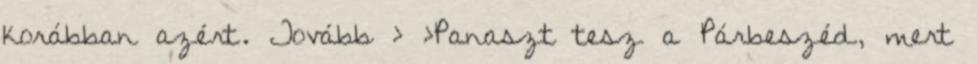
korábban azért. Tovább › ›Panaszt tesz a Párbeszéd, mert